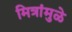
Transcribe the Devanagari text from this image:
मित्रांमुळे